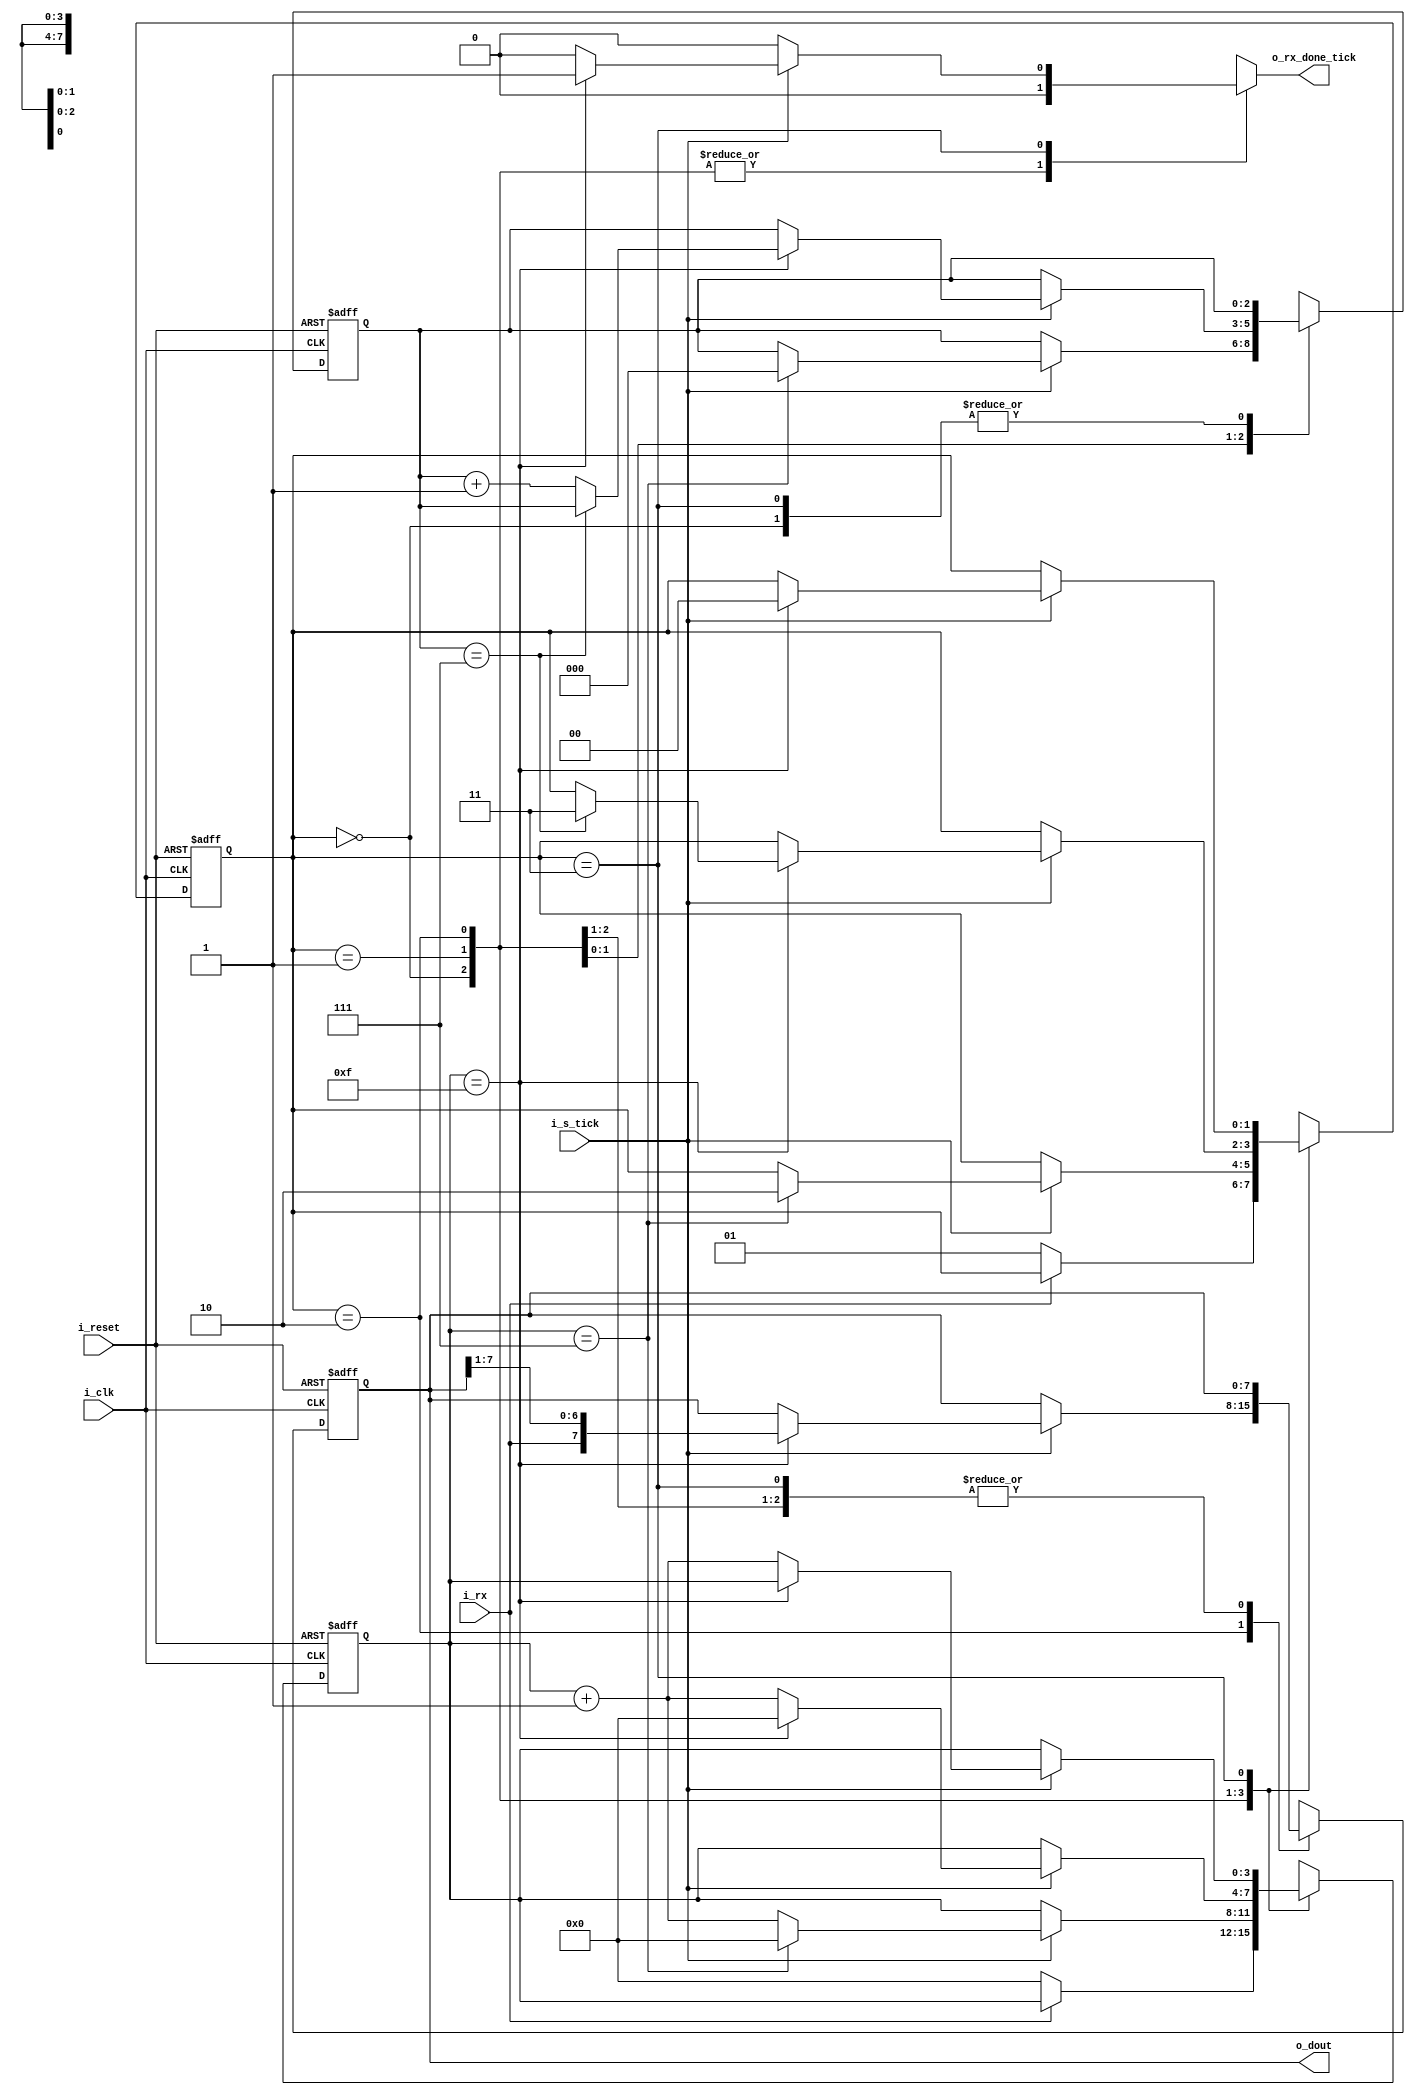
`timescale 1ns / 1ps

module uart_rx
#(
	parameter 				DBIT 	= 8, // # data bits
	parameter 				SB_TICK = 16 // # ticks for stop bits
)
(
	input 	wire 			i_clk,			//clock del sistema
	input 	wire 			i_reset,		//mismo reset que uart
	input 	wire 			i_rx,			//dato entrante
	input 	wire 			i_s_tick,		//tick que viene del baud rate gen

	output 	reg 			o_rx_done_tick,	//indica que el dato en dout es el recibido
	output 	wire 	[7:0]	o_dout			//cuando rx_done_tick esta en 1, tiene el dato recibido
);
 
//symbolic state declaration
localparam [1:0]
	idle 	= 2'b00,
	start 	= 2'b01,
	data 	= 2'b10,
	stop 	= 2'b11;
	
//signal declaration
reg [1:0] state_reg, state_next;
reg [3:0] s_reg, s_next;
reg [2:0] n_reg, n_next;
reg [7:0] b_reg, b_next;


//FSMD state & data registers
always @(posedge i_clk, posedge i_reset)
begin
	if(i_reset) begin
		state_reg <= idle;
		s_reg <= 0;
		n_reg <= 0;
		b_reg <= 0;
	end	else begin
		state_reg <= state_next;
		s_reg <= s_next;
		n_reg <= n_next;
		b_reg <= b_next;
	end
end

always @(*)
begin

	state_next 		= state_reg;
	o_rx_done_tick 	= 1'b0;
	s_next 			= s_reg;
	n_next 			= n_reg;
	b_next 			= b_reg;

	case(state_reg)
		idle:
			if(~i_rx) begin
				state_next  = start;
				s_next      = 0;
			end
		start:
			if(i_s_tick)
				if(s_reg == 7) begin
					state_next = data;
					s_next     = 0;
					n_next     = 0;
				end	else
					s_next     = s_reg + 1;
		data:
			if(i_s_tick)
				if(s_reg == 15) begin
						s_next = 0;
						b_next = {i_rx, b_reg[7:1]};

						if(n_reg==(DBIT-1))
							state_next = stop;
						else
							n_next = n_reg + 1;
				end	else
					s_next = s_reg + 1;
		stop:
			if(i_s_tick)
				if(s_reg==(SB_TICK-1)) begin
					state_next     = idle;
					o_rx_done_tick = 1'b1;
				end	else
					s_next         = s_reg + 1;
		//default: // Do nothing?
	endcase
end

//output
assign o_dout = b_reg;
	
endmodule